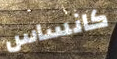
كانساس